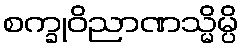
စက္ခုဝိညာဏသ္မိမ္ပိ